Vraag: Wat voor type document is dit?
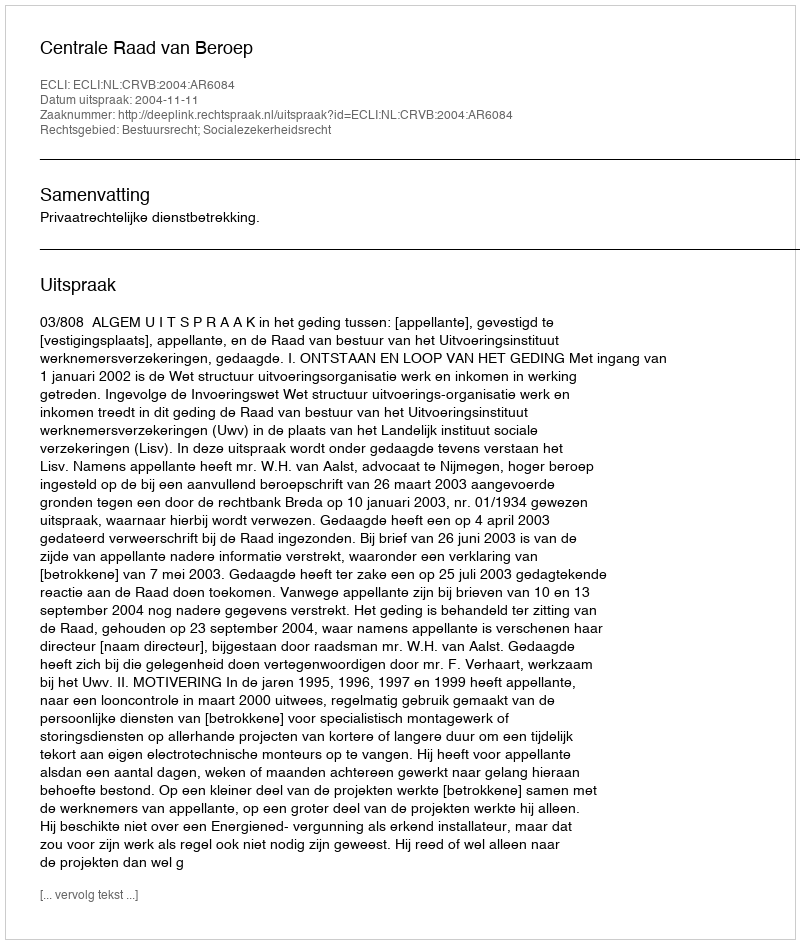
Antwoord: Uitspraak